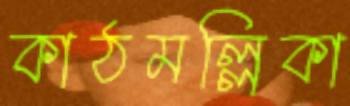
কাঠমল্লিকা